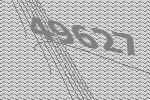
49627